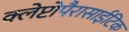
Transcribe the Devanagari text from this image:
क्लेप्टोपैरासाईटिक